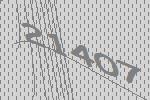
21407